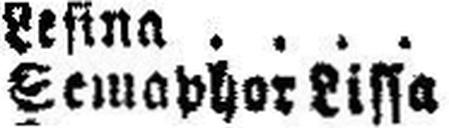
Semaphor Lissa